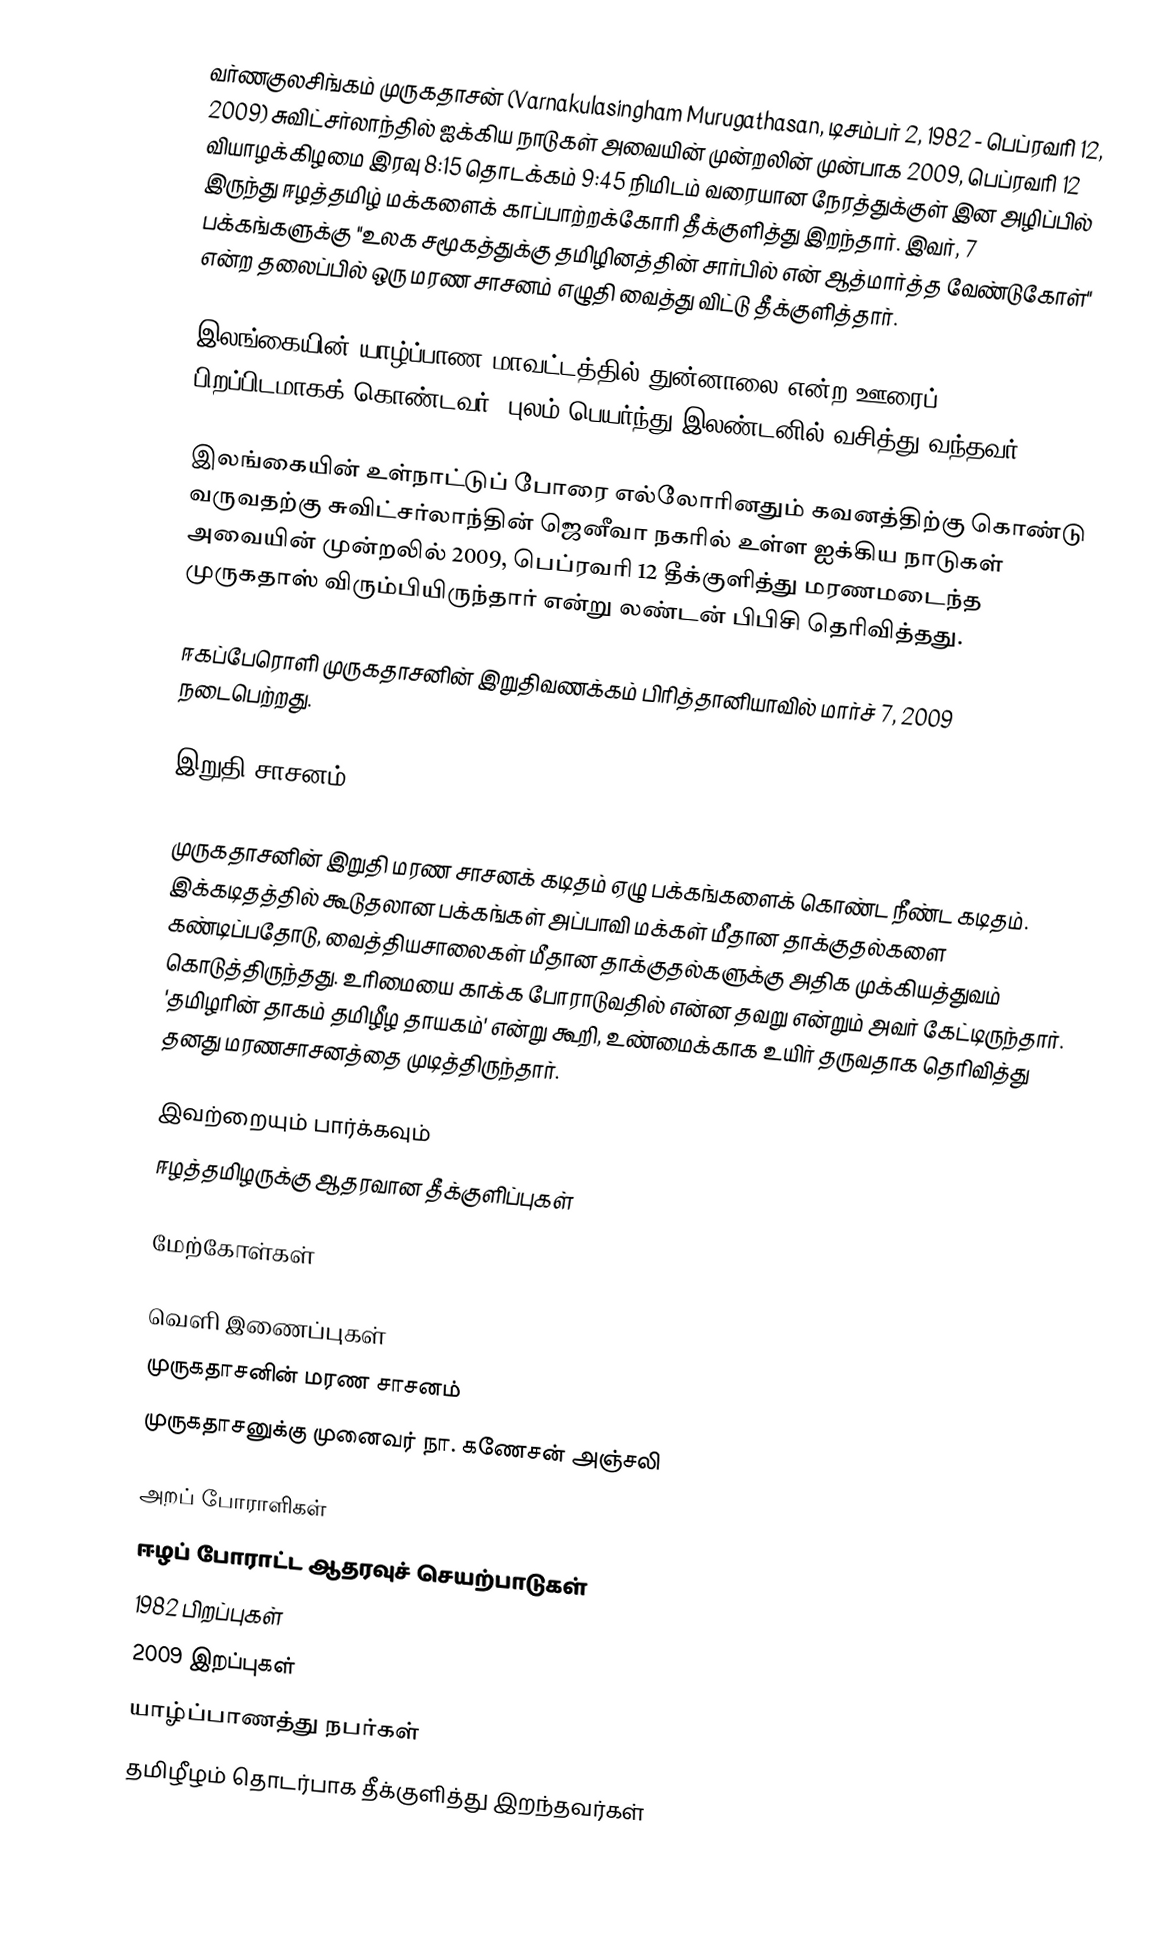
வர்ணகுலசிங்கம் முருகதாசன் (Varnakulasingham Murugathasan, டிசம்பர் 2, 1982 - பெப்ரவரி 12, 2009) சுவிட்சர்லாந்தில் ஐக்கிய நாடுகள் அவையின் முன்றலின் முன்பாக 2009, பெப்ரவரி 12 வியாழக்கிழமை இரவு 8:15 தொடக்கம் 9:45 நிமிடம் வரையான நேரத்துக்குள் இன அழிப்பில் இருந்து ஈழத்தமிழ் மக்களைக் காப்பாற்றக்கோரி தீக்குளித்து இறந்தார். இவர், 7 பக்கங்களுக்கு "உலக சமூகத்துக்கு தமிழினத்தின் சார்பில் என் ஆத்மார்த்த வேண்டுகோள்"  என்ற தலைப்பில் ஒரு மரண சாசனம் எழுதி வைத்து விட்டு தீக்குளித்தார்.

இலங்கையின் யாழ்ப்பாண மாவட்டத்தில் துன்னாலை என்ற ஊரைப் பிறப்பிடமாகக் கொண்டவர். புலம் பெயர்ந்து இலண்டனில் வசித்து வந்தவர்.

இலங்கையின் உள்நாட்டுப் போரை எல்லோரினதும் கவனத்திற்கு கொண்டு வருவதற்கு சுவிட்சர்லாந்தின் ஜெனீவா நகரில் உள்ள ஐக்கிய நாடுகள் அவையின் முன்றலில் 2009, பெப்ரவரி 12 தீக்குளித்து மரணமடைந்த முருகதாஸ் விரும்பியிருந்தார் என்று லண்டன் பிபிசி தெரிவித்தது.

ஈகப்பேரொளி முருகதாசனின் இறுதிவணக்கம் பிரித்தானியாவில் மார்ச் 7, 2009 நடைபெற்றது.

இறுதி சாசனம்

முருகதாசனின் இறுதி மரண சாசனக் கடிதம் ஏழு பக்கங்களைக் கொண்ட நீண்ட கடிதம். இக்கடிதத்தில் கூடுதலான பக்கங்கள் அப்பாவி மக்கள் மீதான தாக்குதல்களை கண்டிப்பதோடு, வைத்தியசாலைகள் மீதான தாக்குதல்களுக்கு அதிக முக்கியத்துவம் கொடுத்திருந்தது. உரிமையை காக்க போராடுவதில் என்ன தவறு என்றும் அவர் கேட்டிருந்தார். 'தமிழரின் தாகம் தமிழீழ தாயகம்' என்று கூறி, உண்மைக்காக உயிர் தருவதாக தெரிவித்து தனது மரணசாசனத்தை முடித்திருந்தார்.

இவற்றையும் பார்க்கவும்
 ஈழத்தமிழருக்கு ஆதரவான தீக்குளிப்புகள்

மேற்கோள்கள்

வெளி இணைப்புகள்
 முருகதாசனின் மரண சாசனம்
 முருகதாசனுக்கு முனைவர் நா. கணேசன் அஞ்சலி

அறப் போராளிகள்
ஈழப் போராட்ட ஆதரவுச் செயற்பாடுகள்
1982 பிறப்புகள்
2009 இறப்புகள்
யாழ்ப்பாணத்து நபர்கள்
தமிழீழம் தொடர்பாக தீக்குளித்து இறந்தவர்கள்